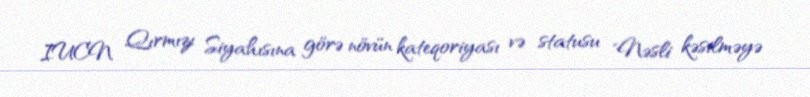
IUCN Qırmızı Siyahısına görə növün kateqoriyası və statusu "Nəsli kəsilməyə